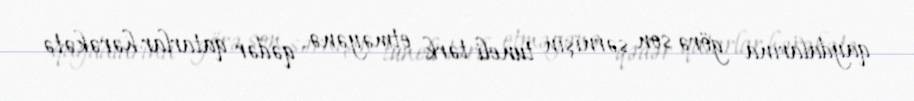
qaydalarına görə son sərnişin tuneli tərk etməyənə qədər qatarlar hərəkətə